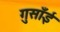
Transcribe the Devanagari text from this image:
गुसाँई